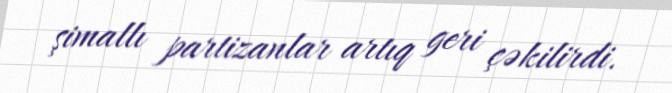
şimallı partizanlar artıq geri çəkilirdi.